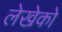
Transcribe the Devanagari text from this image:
लेखेको